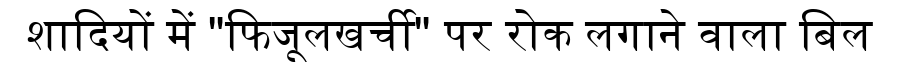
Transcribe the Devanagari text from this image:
शादियों में "फिजूलखर्ची" पर रोक लगाने वाला बिल